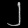
Digit: ၂